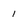
Character: 1